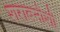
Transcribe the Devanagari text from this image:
शराबनोशी